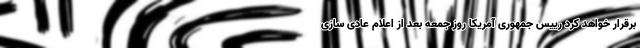
برقرار خواهد کرد رییس جمهوری آمریکا روز جمعه بعد از اعلام عادی سازی